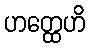
ဟတ္ထေဟိ